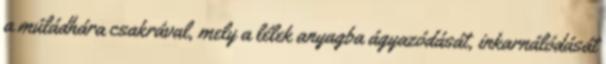
a múládhára csakrával, mely a lélek anyagba ágyazódását, inkarnálódását